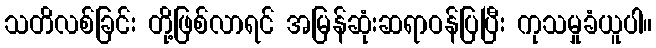
သတိလစ်ခြင်း တို့ဖြစ်လာရင် အမြန်ဆုံးဆရာဝန်ပြပြီး ကုသမှုခံယူပါ။